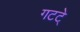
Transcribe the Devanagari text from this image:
गटटे्